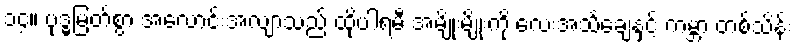
၁၄။ ဗုဒ္ဓမြတ်စွာ အလောင်းအလျာသည် ထိုပါရမီ အမျိုးမျိုးကို လေးအသင်္ချေနှင့် ကမ္ဘာ တစ်သိန်း